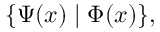
\{ \Psi ( x ) \mid \Phi ( x ) \} ,